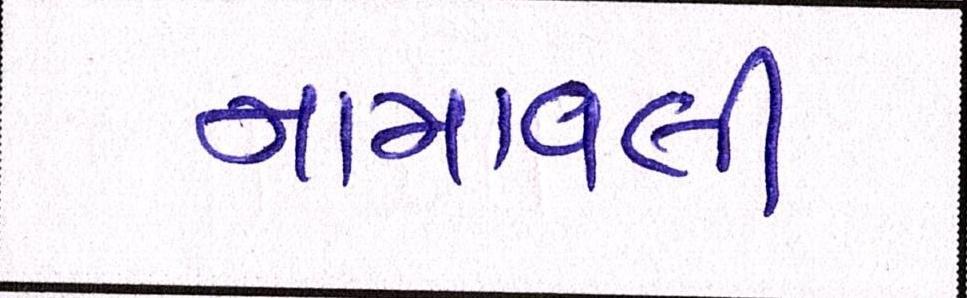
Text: નામાવલી